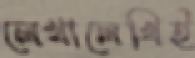
লেখালেখিই